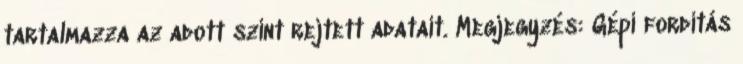
tartalmazza az adott szint rejtett adatait. Megjegyzés: Gépi fordítás